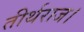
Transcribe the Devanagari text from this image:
तीर्थराज।